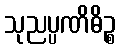
သုညပ္ပဏိဓိဉ္စ